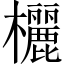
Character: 欐